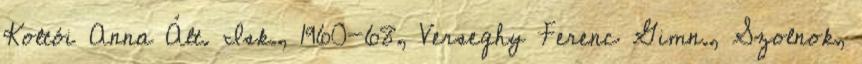
Koltói Anna Ált. Isk., 1960-68, Verseghy Ferenc Gimn., Szolnok,